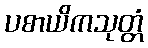
ပစာယိကသုတ္တံ